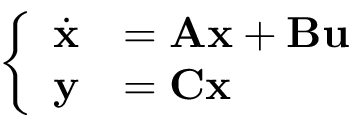
\left\{ \begin{array} { l l } { { \dot { \mathbf { x } } } } & { = \mathbf { A } \mathbf { x } + \mathbf { B } \mathbf { u } } \\ { \mathbf { y } } & { = \mathbf { C } \mathbf { x } } \end{array} \right.